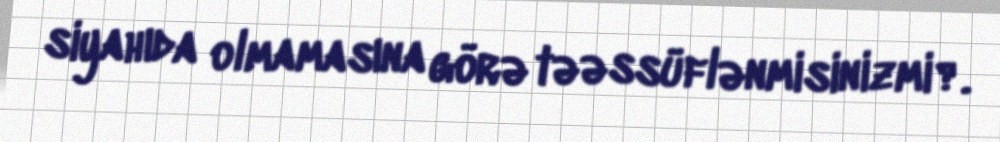
siyahıda olmamasına görə təəssüflənmisinizmi?.